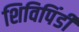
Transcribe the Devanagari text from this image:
शिविपिंडी